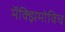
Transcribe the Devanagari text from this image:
मॅक्झिमोविच